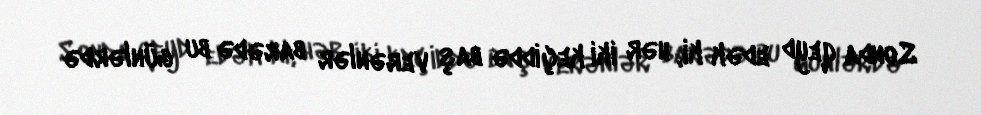
Sonda qeyd edək ki, hər iki keçiddə baş verənlər barədə bu günlərdə